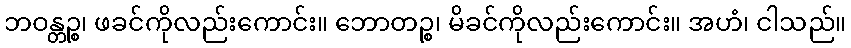
ဘဝန္တဉ္စ၊ ဖခင်ကိုလည်းကောင်း။ ဘောတဉ္စ၊ မိခင်ကိုလည်းကောင်း။ အဟံ၊ ငါသည်။